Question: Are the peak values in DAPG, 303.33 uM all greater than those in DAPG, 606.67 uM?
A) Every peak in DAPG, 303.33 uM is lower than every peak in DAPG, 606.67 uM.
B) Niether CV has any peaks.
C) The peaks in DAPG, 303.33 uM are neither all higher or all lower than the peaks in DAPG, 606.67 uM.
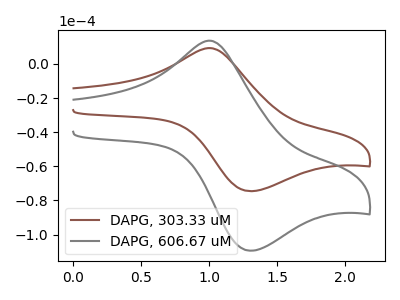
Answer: <think>The brown curve "DAPG, 303.33 uM" has an anodic peak at (1.00V, 9.25uA) and a cathodic peak at (1.30V, -74.55uA). The gray curve "DAPG, 606.67 uM" has an anodic peak at (1.00V, 13.55uA) and a cathodic peak at (1.30V, -109.45uA).</think>
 <answer>A) Every peak in "DAPG, 303.33 uM" is lower than every peak in "DAPG, 606.67 uM".</answer>
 <eval>A</eval>